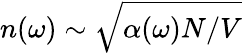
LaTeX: n(\omega)\sim\sqrt{\alpha(\omega)N/V}